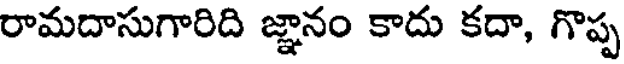
రామదాసుగారిది జ్ఞానం కాదు కదా, గొప్ప